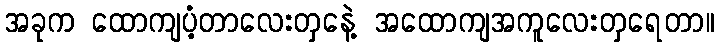
အခုက ထောကျပံ့တာလေးတှနေဲ့ အထောကျအကူလေးတှရေတာ။